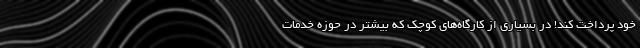
خود پرداخت کند! در بسیاری از کارگاه‌های کوچک که بیشتر در حوزه خدمات